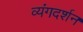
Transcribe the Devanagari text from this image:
व्यंगदर्शन